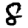
Digit: 8